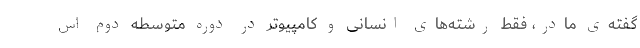
گفته‌ی مادر، فقط رشته‌های انسانی و کامپیوتر در دوره متوسطه دوم اس